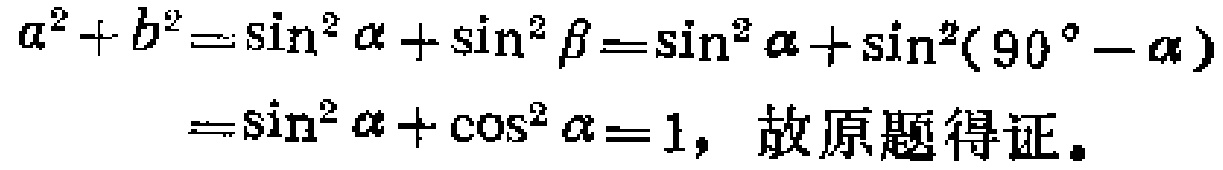
\[
\begin{align*}
a^{2}+b^{2}&=\sin^{2}\alpha+\sin^{2}\beta=\sin^{2}\alpha+\sin^{2}(90^{\circ}-\alpha)\\
&=\sin^{2}\alpha+\cos^{2}\alpha = 1，\text{ 故原题得证。}
\end{align*}
\]